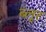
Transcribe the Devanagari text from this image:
ब्लूर